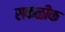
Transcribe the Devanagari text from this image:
सकळीक